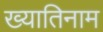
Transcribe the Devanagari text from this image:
ख्यातिनाम